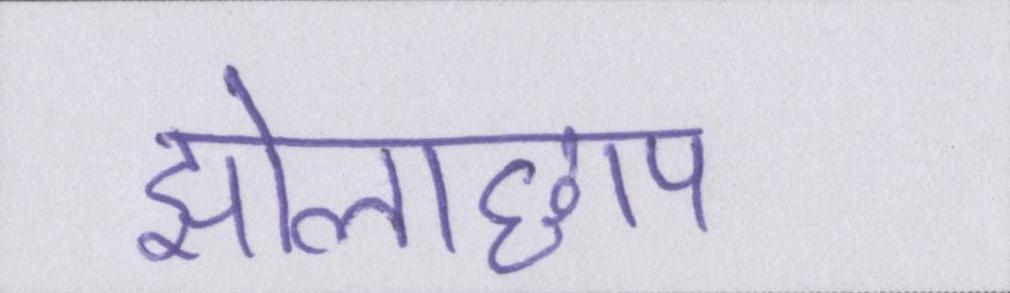
झोलाछाप